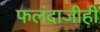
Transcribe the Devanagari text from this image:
फलंदाजीही